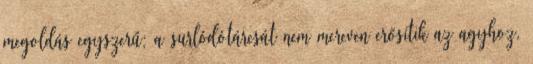
megoldás egyszerű: a surlódótárcsát nem mereven erősítik az agyhoz,